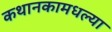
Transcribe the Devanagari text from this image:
कथानकामधल्या